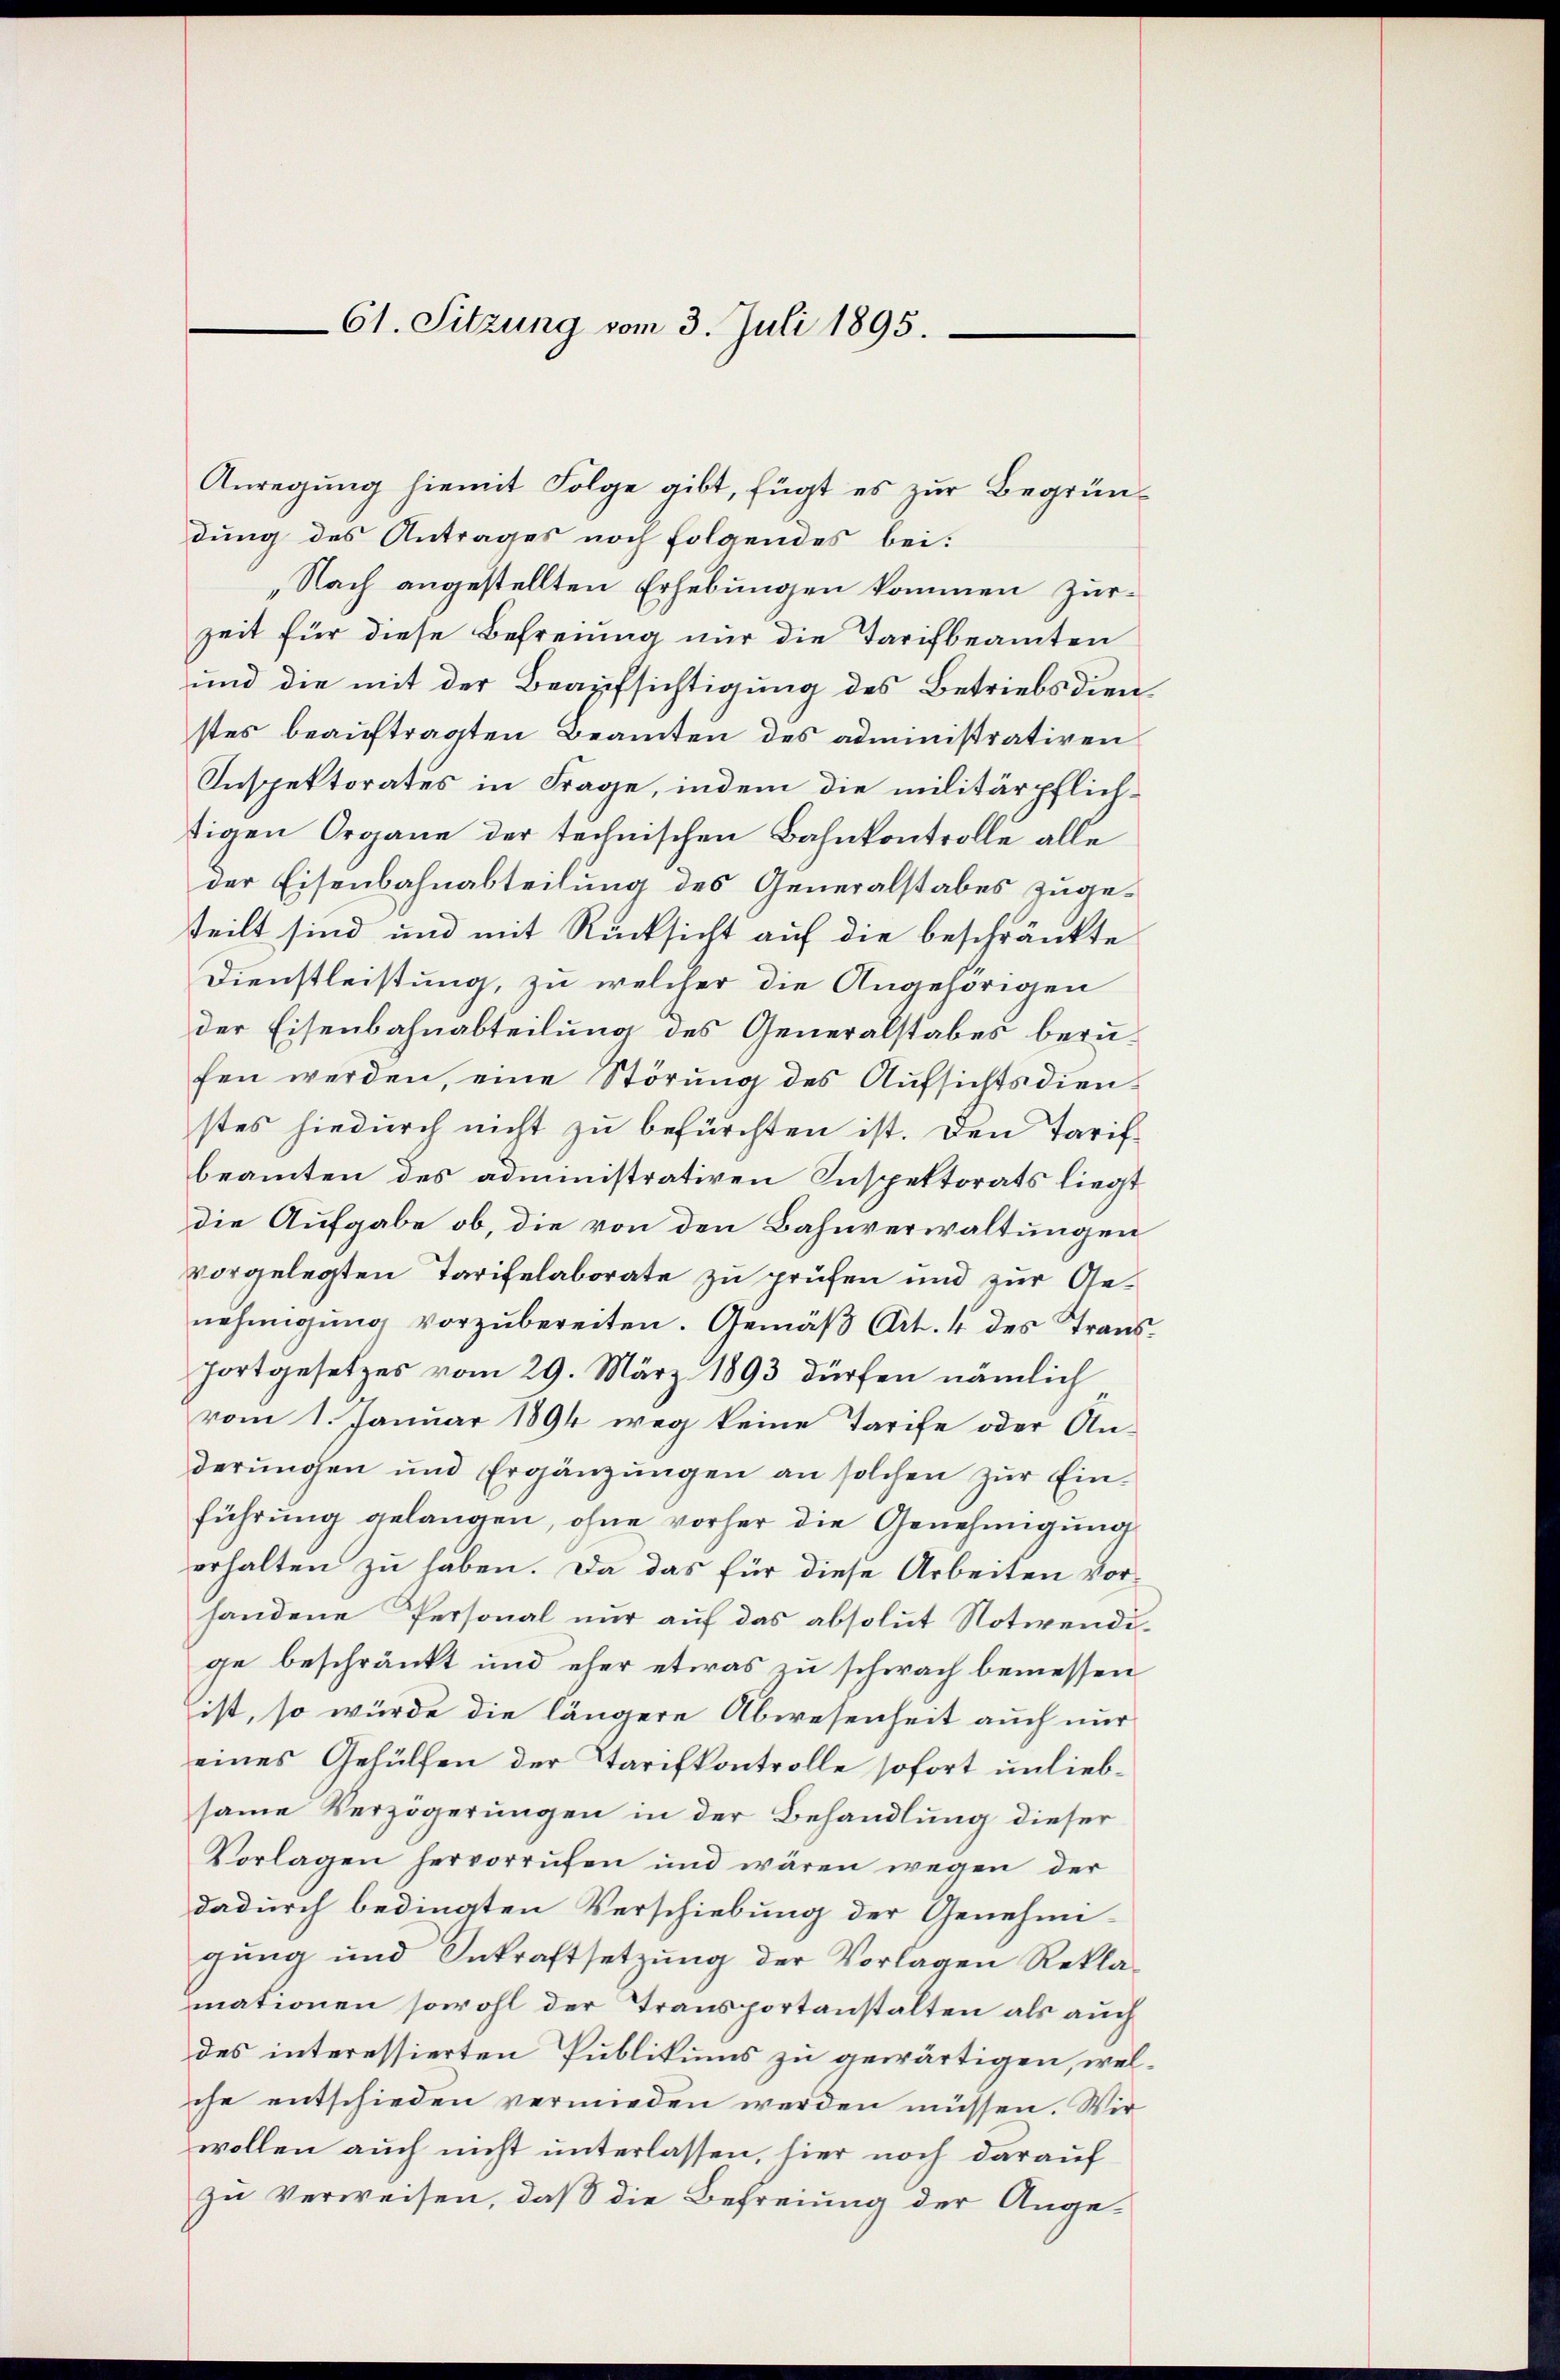
61. Sitzung vom 3. Juli 1895.

Anregung hiemit Folge gibt, fügt es zur Begründung des Antrages noch folgendes bei:
„Nach angestellten Erhebungen kommen zur
zeit für diese Befreiung nur die Tarifbeamten
und die mit der Beaufsichtigung des Betriebsdienstes beauftragten Beamten des administrativen
Inspektorates in Frage, indem die militärpflichtigen Organe der technischen Bahnkontrolle alle
der Eisenbahnabteilung des Generalstabes zugeteilt sind und mit Rücksicht auf die beschränkte
Dienstleistung, zu welcher die Angehörigen
der Eisenbahnabteilung des Generalstabes berufen werden, eine Störung des Aufsichtsdienstes hiedurch nicht zu befürchten ist. Den Tarifbeamten des administrativen Inspektorats liegt
die Aufgabe ob, die von den Bahnverwaltungen
vorgelegten Tarifelaborate zu prüfen und zur Genehmigŭng vorzŭbereiten. Gemäβ Art. 4 des Transfortgesetzes vom 29. März 1893 dürfen nämlich
vom 1. Januar 1894 weg keine Tarife oder An-
derungen und Ergänzungen an solchen zur Einführung gelangen, ohne vorher die Genehmigung
erhalten zu haben. Da das für diese Arbeiten vor-
handene Personal nur auf das absolut Notwendige beschränkt und eher etwas zu schwach bemessen
ist, so würde die längere Abwesenheit auch nur
eines Gehülfen der Tarifkontrolle sofort unliebsame Verzögerungen in der Behandlung dieser
Vorlagen hervorrufen und wären wegen der
dadurch bedingten Verschiebung der Genehmi-
gung und Sekraftsetzung der Vorlagen Reklamationen sowohl der Transportanstalten als auch
des interessierten Publikums zu gewärtigen, welche entschieden vermieden werden müssen. Wir
wollen auch nicht unterlassen, hier noch darauf
zu Verweisen, daß die Befreiung der Ange¬